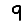
Digit: 9